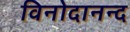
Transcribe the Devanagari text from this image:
विनोदानन्द